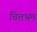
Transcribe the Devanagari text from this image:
चित्तभ्रम